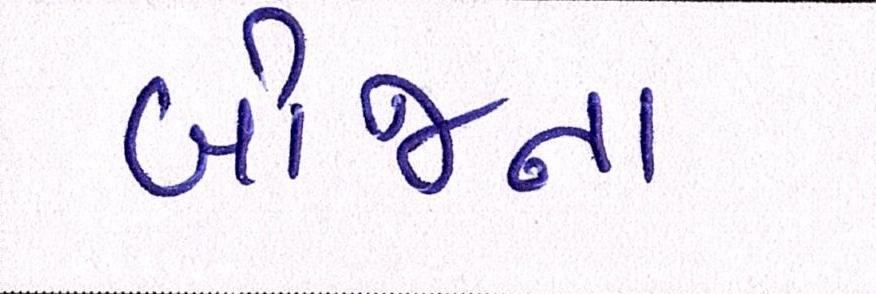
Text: બીજના